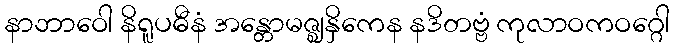
နာဘာဝေါ နိရူပဓီနံ အန္တောမဇ္ဈနှိကေန နဒိတဗ္ဗံ ကုလာဝကဝဂ္ဂေါ